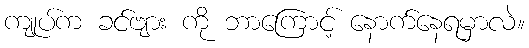
ကျုပ်က ခင်ဗျား ကို ဘာကြောင့် နောက်နေရမှာလဲ။